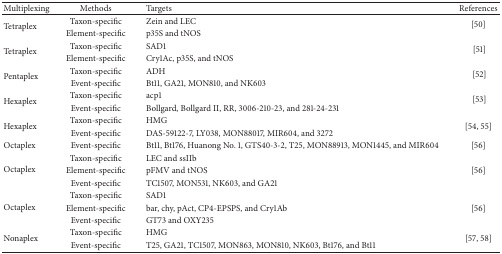
<table><thead><tr><td><b>Multiplexing</b></td><td><b>Methods</b></td><td><b>Targets</b></td><td><b>References</b></td></tr></thead><tbody><tr><td rowspan="2">Tetraplex</td><td>Taxon-specific</td><td>Zein and LEC</td><td rowspan="2">[50]</td></tr><tr><td>Element-specific</td><td>p35S and tNOS</td></tr><tr><td rowspan="2">Tetraplex</td><td>Taxon-specific</td><td>SAD1</td><td rowspan="2">[51]</td></tr><tr><td>Element-specific</td><td>Cry1Ac, p35S, and tNOS</td></tr><tr><td rowspan="2">Pentaplex</td><td>Taxon-specific</td><td>ADH</td><td rowspan="2">[52]</td></tr><tr><td>Event-specific</td><td>Bt11, GA21, MON810, and NK603</td></tr><tr><td rowspan="2">Hexaplex</td><td>Taxon-specific</td><td>acp1</td><td rowspan="2">[53]</td></tr><tr><td>Event-specific</td><td>Bollgard, Bollgard II, RR, 3006-210-23, and 281-24-231</td></tr><tr><td rowspan="2">Hexaplex</td><td>Taxon-specific</td><td>HMG</td><td rowspan="2">[54, 55]</td></tr><tr><td>Event-specific</td><td>DAS-59122-7, LY038, MON88017, MIR604, and 3272</td></tr><tr><td>Octaplex</td><td>Event-specific</td><td>Bt11, Bt176, Huanong No. 1, GTS40-3-2, T25, MON88913, MON1445, and MIR604</td><td>[56]</td></tr><tr><td rowspan="3">Octaplex</td><td>Taxon-specific</td><td>LEC and ssIIb</td><td> </td></tr><tr><td>Element-specific</td><td>pFMV and tNOS</td><td>[56]</td></tr><tr><td>Event-specific</td><td>TC1507, MON531, NK603, and GA21</td><td> </td></tr><tr><td rowspan="3">Octaplex</td><td>Taxon-specific</td><td>SAD1</td><td> </td></tr><tr><td>Element-specific</td><td>bar, chy, pAct, CP4-EPSPS, and Cry1Ab</td><td>[56]</td></tr><tr><td>Event-specific</td><td>GT73 and OXY235</td><td> </td></tr><tr><td rowspan="2">Nonaplex</td><td>Taxon-specific</td><td>HMG</td><td rowspan="2">[57, 58]</td></tr><tr><td>Event-specific</td><td>T25, GA21, TC1507, MON863, MON810, NK603, Bt176, and Bt11</td></tr></tbody></table>